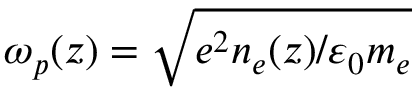
\omega _ { p } ( z ) = \sqrt { e ^ { 2 } n _ { e } ( z ) / \varepsilon _ { 0 } m _ { e } }